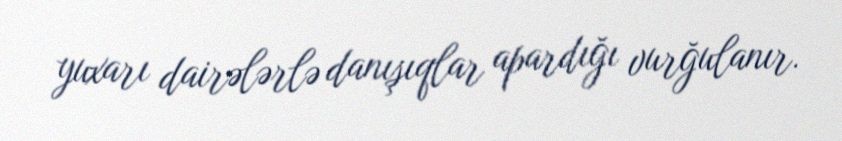
yuxarı dairələrlə danışıqlar apardığı vurğulanır.